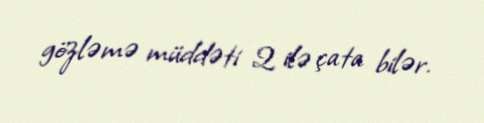
gözləmə müddəti 2 ilə çata bilər.